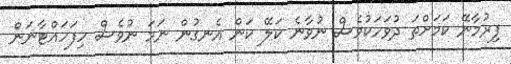
ފިރުމާނޭ ކަމަށްތަ ދުވަހަކުވެސް ނުވާނެ ކަލޭ ކަން އެނގުން ނަމަ ނުވެސް ހިފަހައްޓާނަން